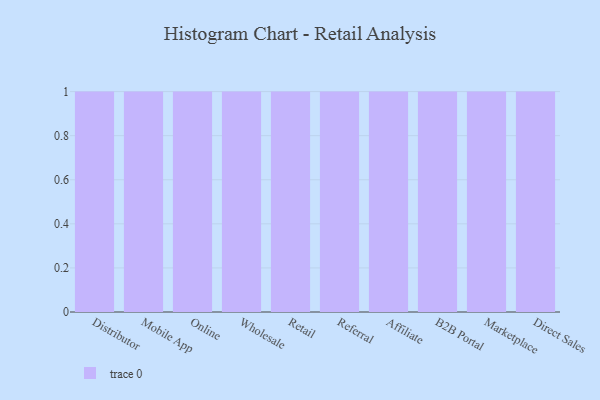
{"axis": {"x": "Channel", "y": "Satisfaction Score"}, "legend": [""], "data": [{"x": "Distributor", "y": 59, "type": ""}, {"x": "Mobile App", "y": 33, "type": ""}, {"x": "Online", "y": 6, "type": ""}, {"x": "Wholesale", "y": 82, "type": ""}, {"x": "Retail", "y": 30, "type": ""}, {"x": "Referral", "y": 26, "type": ""}, {"x": "Affiliate", "y": 97, "type": ""}, {"x": "B2B Portal", "y": 88, "type": ""}, {"x": "Marketplace", "y": 11, "type": ""}, {"x": "Direct Sales", "y": 11, "type": ""}]}